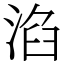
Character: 淊